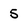
Character: 5